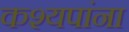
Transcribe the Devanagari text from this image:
कश्यपांना